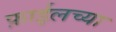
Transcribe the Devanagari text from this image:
फ़ाईलच्या